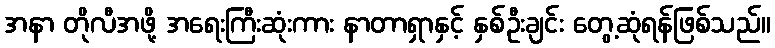
အနာ တိုလီအဖို့ အရေးကြီးဆုံးကား နာတာရှာနှင့် နှစ်ဦးချင်း တွေ့ဆုံရန်ဖြစ်သည်။